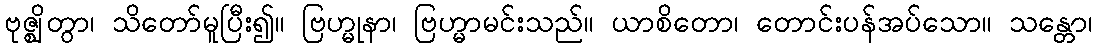
ဗုဇ္ဈိတွာ၊ သိတော်မူပြီး၍။ ဗြဟ္မုနာ၊ ဗြဟ္မာမင်းသည်။ ယာစိတော၊ တောင်းပန်အပ်သော။ သန္တော၊